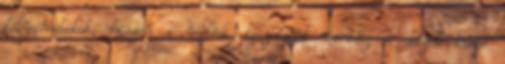
folyamatokat, hiszen a valódi igazságért mindig a dolgok mögé